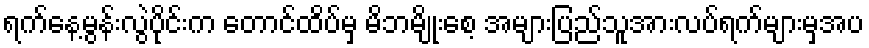
ရက်နေ့မွန်းလွဲပိုင်းက တောင်ထိပ်မှ မိဘမျိုးစေ့ အများပြည်သူအားလပ်ရက်များမှအပ